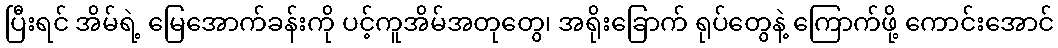
ပြီးရင် အိမ်ရဲ့ မြေအောက်ခန်းကို ပင့်ကူအိမ်အတုတွေ၊ အရိုးခြောက် ရုပ်တွေနဲ့ ကြောက်ဖို့ ကောင်းအောင်